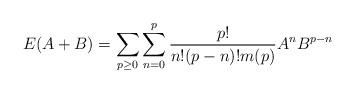
LaTeX: \begin{align*}E(A+B)=\sum_{p\geq 0}\sum_{n=0}^p\frac{p!}{n!(p-n)!m(p)} A^nB^{p-n}\end{align*}